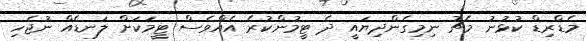
މެޑްރިޑް ކުޅުނު މެޗު ނިމިގެންދިޔައީ ދެ ޓީމުންކުރެ އެއްވެސް ޓީމަކަށް ލަނޑެއް ނުޖެހި